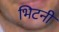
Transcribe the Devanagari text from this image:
भिटनी